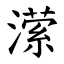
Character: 潆